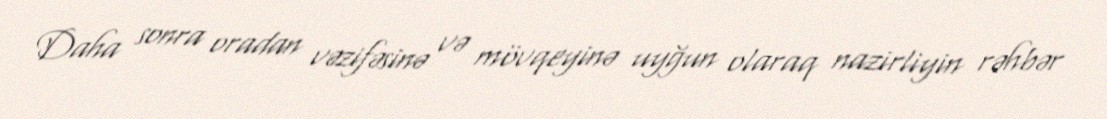
Daha sonra oradan vəzifəsinə və mövqeyinə uyğun olaraq nazirliyin rəhbər